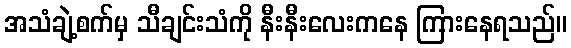
အသံချဲ့စက်မှ သီချင်းသံကို နီးနီးလေးကနေ ကြားနေရသည်။